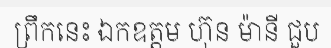
ព្រឹកនេះ ឯកឧត្តម ហ៊ុន ម៉ានី ជួប